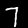
Label: 7